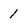
Character: 1